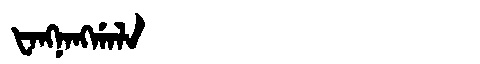
Manchu: ᡶᠠᠩᠨᠠᠩᡤᠠᠯᠠ
Romanization: FANGNANGGALA